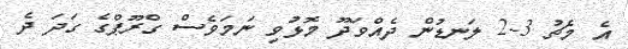
އެ މެޗު 3-2 ލަނޑުން ދެއްވަދޫ މޮޅުވި ނަމަވެސް ގްރޫޕްގެ ގަދަ ދެ